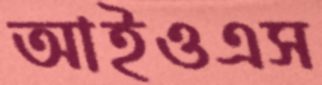
আইওএস